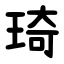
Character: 琦